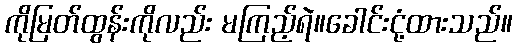
ကိုမြတ်ထွန်းကိုလည်း မကြည့်ရဲ။ခေါင်းငုံ့ထားသည်။